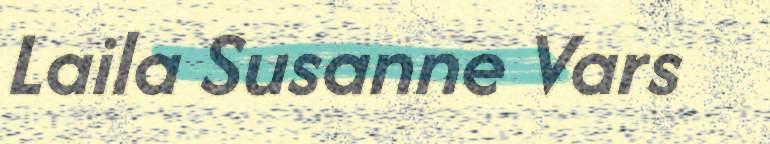
Laila Susanne Vars